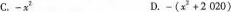
C.-x^{2} D.$$- ( x ^ { 2 } + 2 0 2 0 )$$